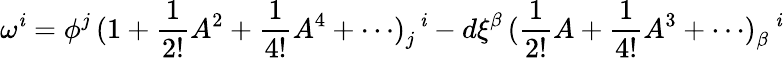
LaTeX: \omega^{\mathit{i}}=\phi^{j}\, (\mathrm{{1}}+\frac{{1}}{{2!}}A^{2}+\frac{{1}}{{4!}}A^{4}+\cdots)_{j}^{\, \, \, \mathit{i}}-d\xi^{\beta}\, (\frac{{1}}{{2!}}A+\frac{{1}}{{4!}}A^{3}+\cdots)_{\beta}^{\, \, \, \, \mathit{i}}